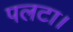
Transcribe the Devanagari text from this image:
पलटा।